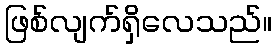
ဖြစ်လျက်ရှိလေသည်။